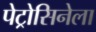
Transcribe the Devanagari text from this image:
पेट्रोसिनेला